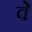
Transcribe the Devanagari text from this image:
वेे